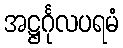
အဋ္ဌင်္ဂုလပရမံ